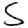
Digit: 5